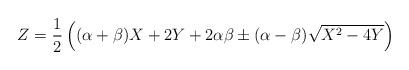
LaTeX: \begin{align*}Z= \frac{1}{2} \left ( (\alpha+\beta)X +2Y +2\alpha\beta \pm(\alpha -\beta) \sqrt{X^2 -4Y} \right )\end{align*}